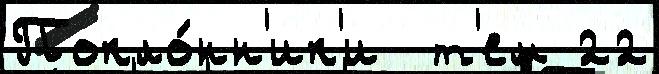
Покло́нн'ик'и  т'ем 22